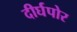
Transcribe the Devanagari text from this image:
दीर्घपोर